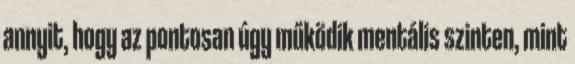
annyit, hogy az pontosan úgy működik mentális szinten, mint